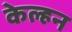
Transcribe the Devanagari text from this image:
केल्हन